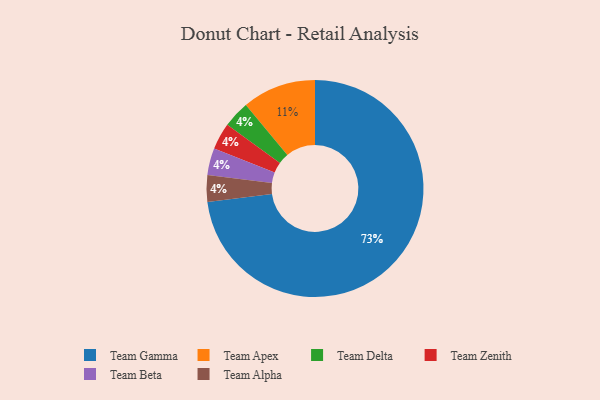
{"axis": {"x": "Category", "y": "Percentage"}, "legend": ["Team Alpha", "Team Apex", "Team Beta", "Team Delta", "Team Gamma", "Team Zenith"], "data": [{"x": "Team Delta", "y": 4, "type": "Team Delta"}, {"x": "Team Zenith", "y": 4, "type": "Team Zenith"}, {"x": "Team Beta", "y": 4, "type": "Team Beta"}, {"x": "Team Gamma", "y": 73, "type": "Team Gamma"}, {"x": "Team Apex", "y": 11, "type": "Team Apex"}, {"x": "Team Alpha", "y": 4, "type": "Team Alpha"}]}